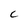
Character: C